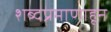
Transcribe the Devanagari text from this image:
शब्दप्रमाणाहून